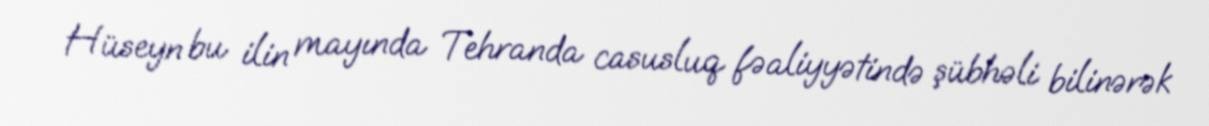
Hüseyn bu ilin mayında Tehranda casusluq fəaliyyətində şübhəli bilinərək